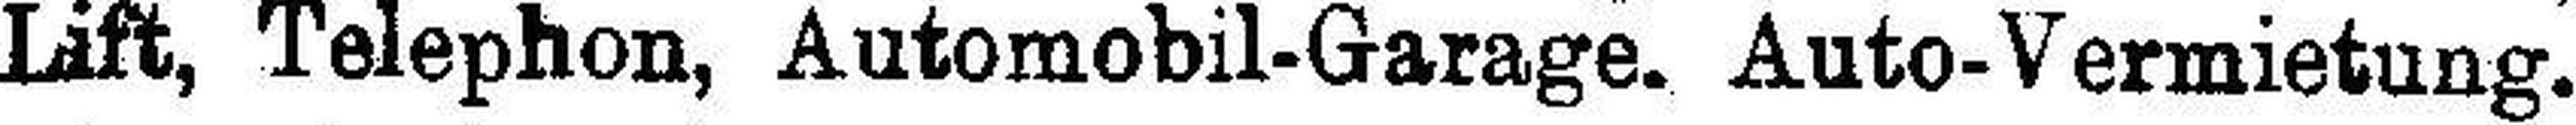
Lift, Telephon, Automobil-Garage. Auto-Vermietung.